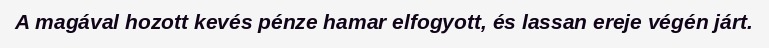
A magával hozott kevés pénze hamar elfogyott, és lassan ereje végén járt.